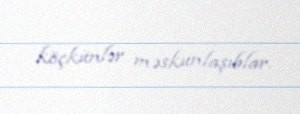
köçkünlər məskunlaşıblar.